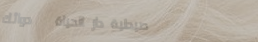
صيدلية دار الحياة   دوائك